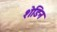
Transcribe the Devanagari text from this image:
शेडिन